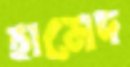
হামেদ